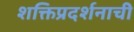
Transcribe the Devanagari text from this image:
शक्तिप्रदर्शनाची